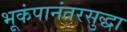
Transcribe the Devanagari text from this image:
भूकंपानंतरसुद्धा